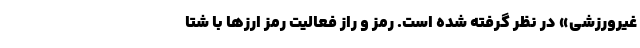
غیرورزشی» در نظر گرفته شده است. رمز و راز فعالیت رمز ارزها با شتا